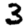
Digit: 3